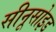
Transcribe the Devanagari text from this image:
सीनूसोइड